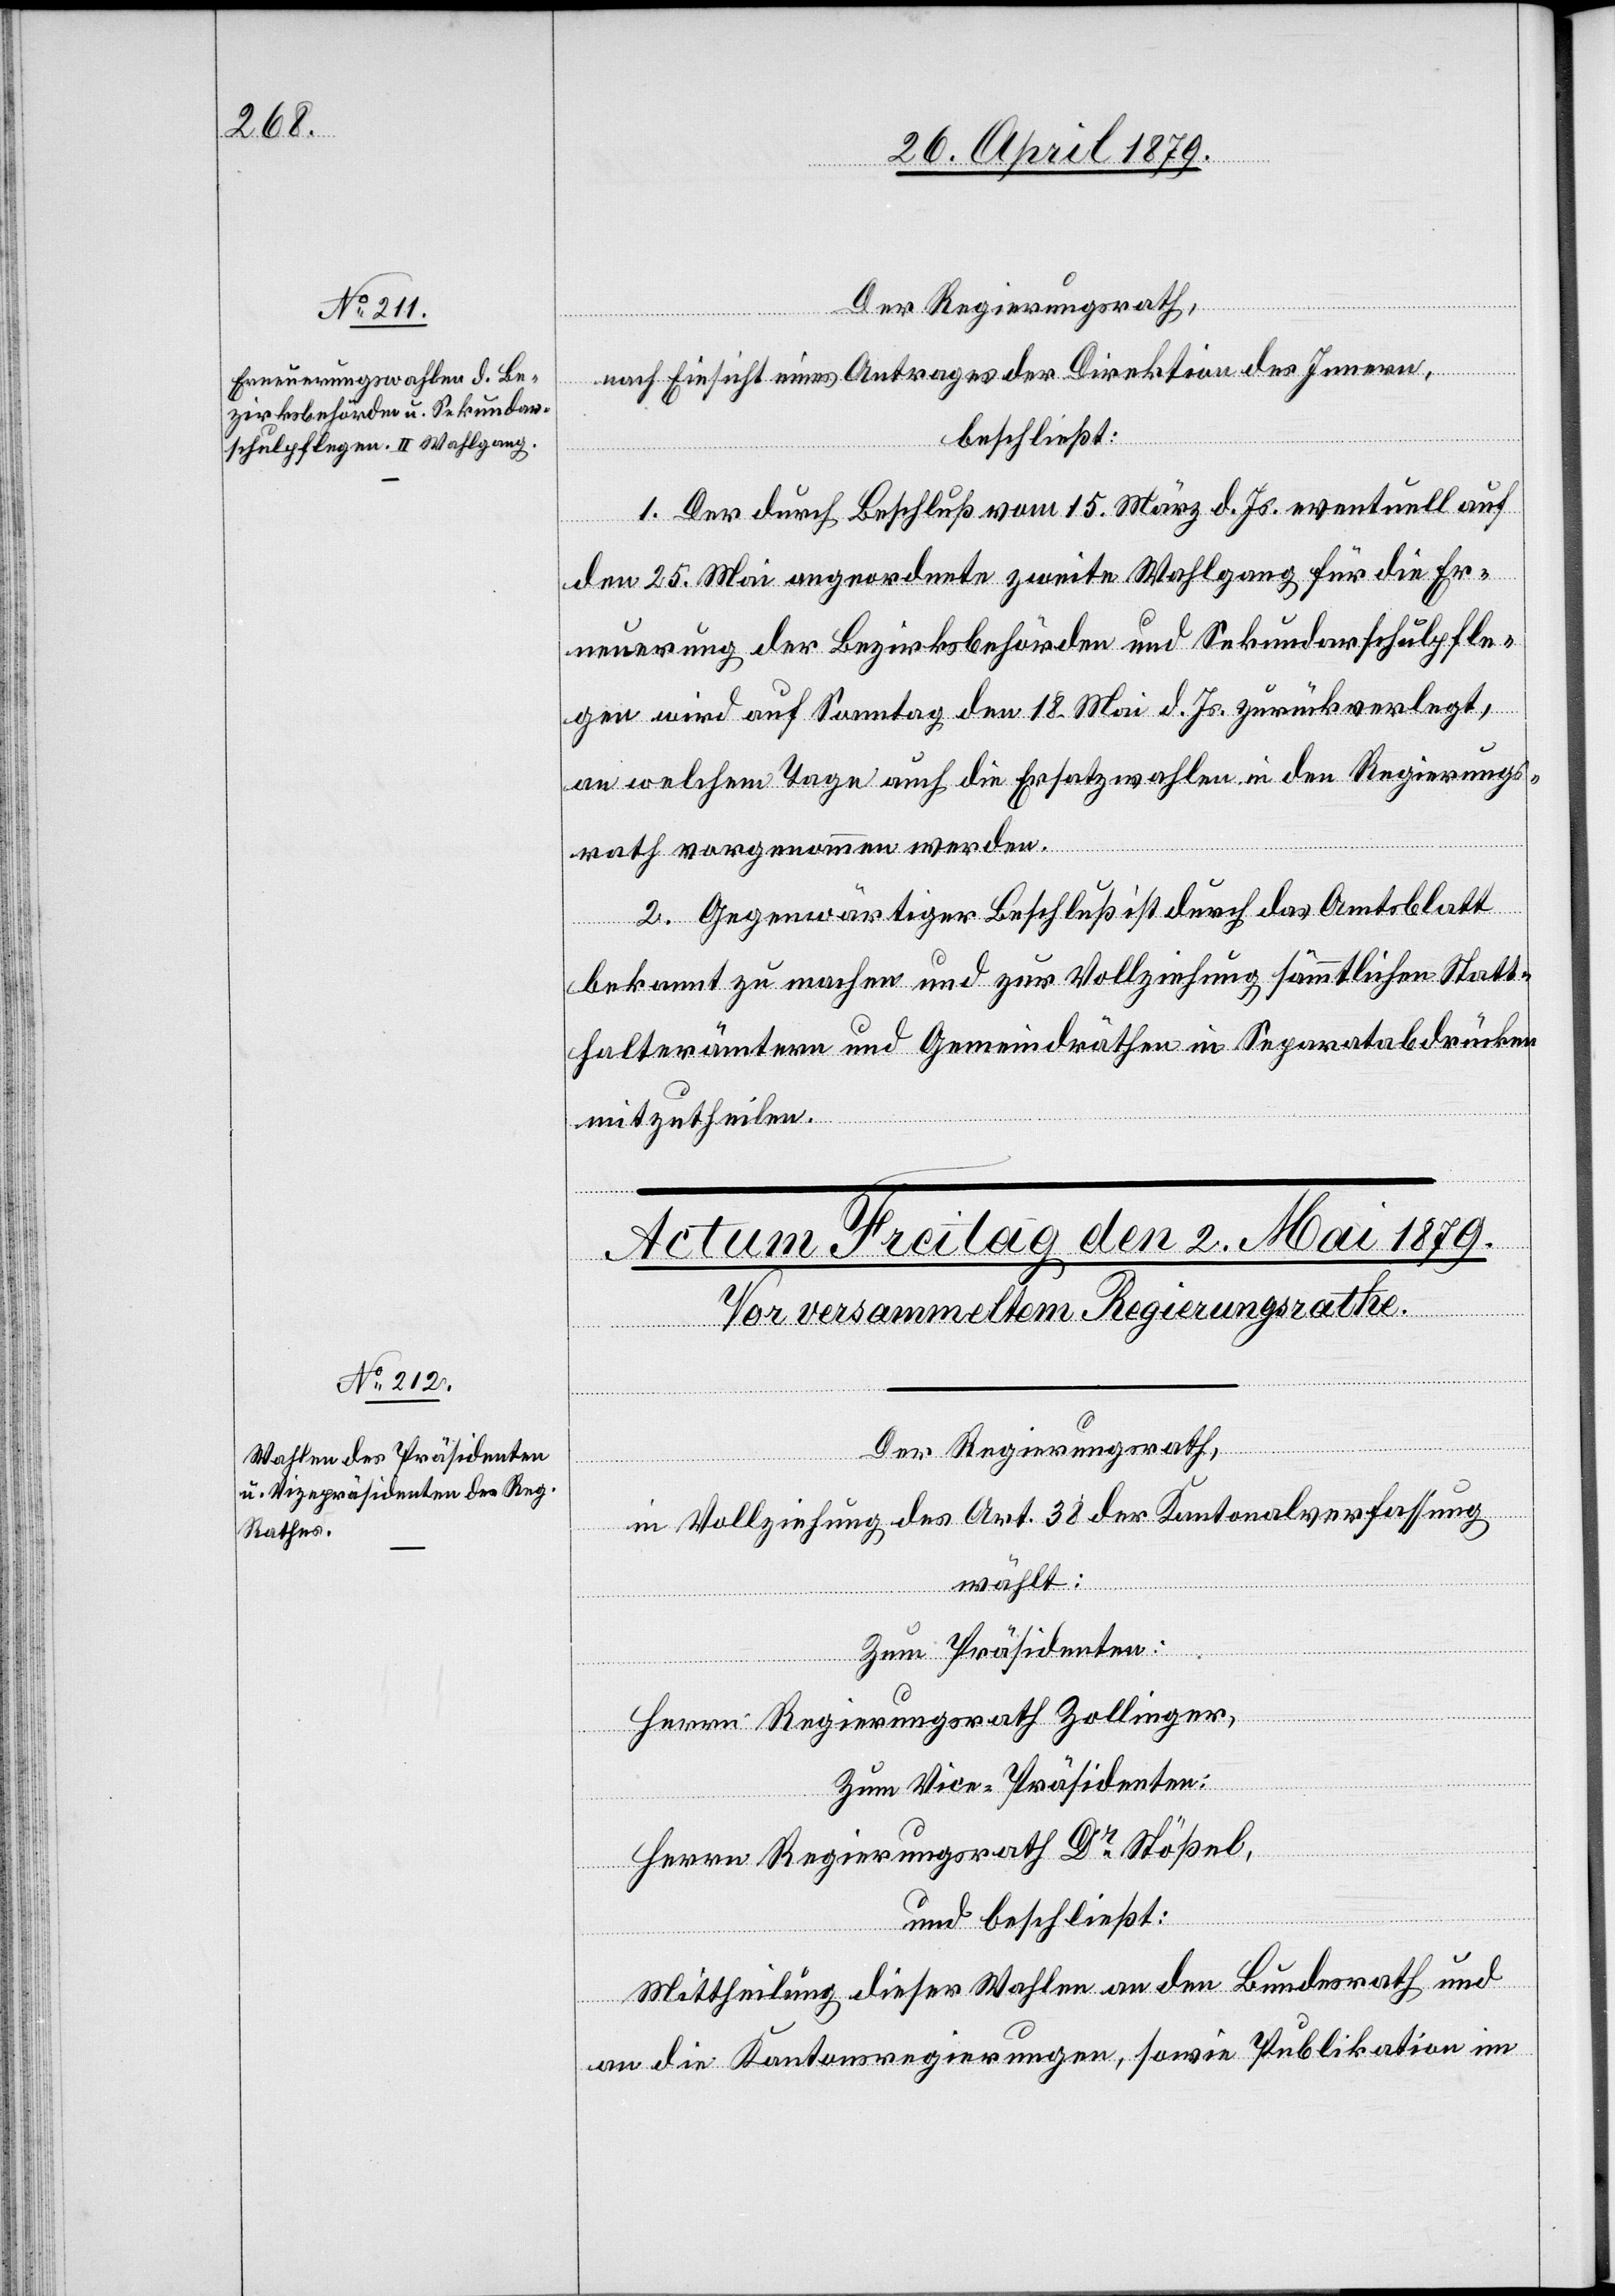
30. April 1879.]
Der Regierungsrath,
nach Einsicht eines Antrages der Direktion des Innern,
beschließt:
1. Der durch Beschluß vom 15. März d. Js. eventuell auf
den 25. Mai angeordnete zweite Wahlgang für die Er¬
neuerung der Bezirksbehörden und Sekundarschulpfle¬
gen wird auf Sonntag den 18. Mai d. Js. zurückverlegt,
an welchem Tage auch die Ersatzwahlen in den Regierungs¬
rath vorgenommen werden.
2. Gegenwärtiger Beschluß ist durch das Amtsblatt
bekannt zu machen und zur Vollziehung sämmtlichen Statt¬
halterämtern und Gemeindräthen in Separatabdrücken
mitzutheilen.
Der Regierungsrath,
in Vollziehung des Art. 38 der Kantonalverfassung
wählt:
Zum Präsidenten:
[Präsidial-Verfügungen.
Herrn Regierungsrath Zollinger,
Zum Vice-Präsidenten:
Herrn Regierungsrath Dr Stößel,
und beschließt:
Mittheilung dieser Wahlen an den Bundesrath und
an die Kantonsregierungen, sowie Publikation im